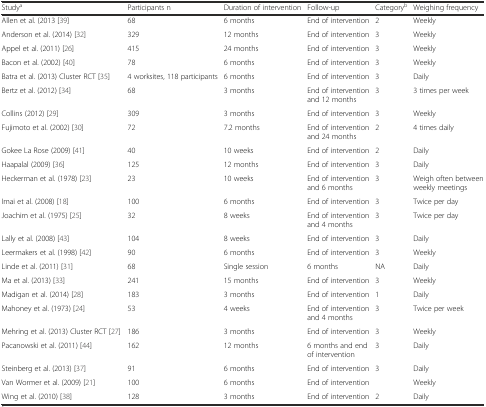
<table><thead><tr><td><b>Study<sup>a</sup></b></td><td><b>Participants n</b></td><td><b>Duration of intervention</b></td><td><b>Follow-up</b></td><td><b>Category<sup>b</sup></b></td><td><b>Weighing frequency</b></td></tr></thead><tbody><tr><td>Allen et al. (2013 [39]</td><td>68</td><td>6 months</td><td>End of intervention</td><td>2</td><td>Weekly</td></tr><tr><td>Anderson et al. (2014) [32]</td><td>329</td><td>12 months</td><td>End of intervention</td><td>3</td><td>Weekly</td></tr><tr><td>Appel et al. (2011) [26]</td><td>415</td><td>24 months</td><td>End of intervention</td><td>3</td><td>Weekly</td></tr><tr><td>Bacon et al. (2002) [40]</td><td>78</td><td>6 months</td><td>End of intervention</td><td>3</td><td>Weekly</td></tr><tr><td>Batra et al. (2013) Cluster RCT [35]</td><td>4 worksites, 118 participants</td><td>6 months</td><td>End of intervention</td><td>3</td><td>Daily</td></tr><tr><td>Bertz et al. (2012) [34]</td><td>68</td><td>3 months</td><td>End of intervention and 12 months</td><td>3</td><td>3 times per week</td></tr><tr><td>Collins (2012) [29]</td><td>309</td><td>3 months</td><td>End of intervention</td><td>3</td><td>Weekly</td></tr><tr><td>Fujimoto et al. (2002) [30]</td><td>72</td><td>7.2 months</td><td>End of intervention and 24 months</td><td>2</td><td>4 times daily</td></tr><tr><td>Gokee La Rose (2009) [41]</td><td>40</td><td>10 weeks</td><td>End of intervention</td><td>2</td><td>Daily</td></tr><tr><td>Haapalal (2009) [36]</td><td>125</td><td>12 months</td><td>End of intervention</td><td>3</td><td>Daily</td></tr><tr><td>Heckerman et al. (1978) [23]</td><td>23</td><td>10 weeks</td><td>End of intervention and 6 months</td><td>3</td><td>Weigh often between weekly meetings</td></tr><tr><td>Imai et al. (2008) [18]</td><td>100</td><td>6 months</td><td>End of intervention</td><td>3</td><td>Twice per day</td></tr><tr><td>Joachim et al. (1975) [25]</td><td>32</td><td>8 weeks</td><td>End of intervention and 4 months</td><td>3</td><td>Twice per day</td></tr><tr><td>Lally et al. (2008) [43]</td><td>104</td><td>8 weeks</td><td>End of intervention</td><td>3</td><td>Daily</td></tr><tr><td>Leermakers et al. (1998) [42]</td><td>90</td><td>6 months</td><td>End of intervention</td><td>3</td><td>Weekly</td></tr><tr><td>Linde et al. (2011) [31]</td><td>68</td><td>Single session</td><td>6 months</td><td>NA</td><td>Daily</td></tr><tr><td>Ma et al. (2013) [33]</td><td>241</td><td>15 months</td><td>End of intervention</td><td>3</td><td>Weekly</td></tr><tr><td>Madigan et al. (2014) [28]</td><td>183</td><td>3 months</td><td>End of intervention</td><td>1</td><td>Daily</td></tr><tr><td>Mahoney et al. (1973) [24]</td><td>53</td><td>4 weeks</td><td>End of intervention and 4 months</td><td>3</td><td>Twice per week</td></tr><tr><td>Mehring et al. (2013) Cluster RCT [27]</td><td>186</td><td>3 months</td><td>End of intervention</td><td>3</td><td>Weekly</td></tr><tr><td>Pacanowski et al. (2011) [44]</td><td>162</td><td>12 months</td><td>6 months and end of intervention</td><td>3</td><td>Daily</td></tr><tr><td>Steinberg et al. (2013) [37]</td><td>91</td><td>6 months</td><td>End of intervention</td><td>3</td><td>Daily</td></tr><tr><td>Van Wormer et al. (2009) [21]</td><td>100</td><td>6 months</td><td>End of intervention</td><td></td><td>Weekly</td></tr><tr><td>Wing et al. (2010) [38]</td><td>128</td><td>3 months</td><td>End of intervention</td><td>2</td><td>Daily</td></tr></tbody></table>